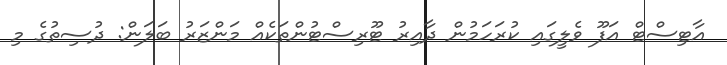
އާޓިސްޓް އަފޫ ވެލީގައި ކުރަހަމުން ދާއިރު ޓޫރިސްޓުންތަކެއް މަންޒަރު ބަލަން: ދުސިތުގެ މި